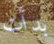
بدأت